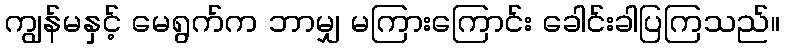
ကျွန်မနှင့် မေရွက်က ဘာမျှ မကြားကြောင်း ခေါင်းခါပြကြသည်။